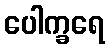
ပေါက္ခရေ